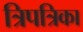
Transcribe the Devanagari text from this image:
त्रिपत्रिका